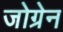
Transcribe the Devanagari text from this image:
जोग्रेन